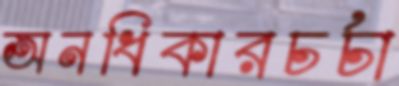
অনধিকারচর্চা